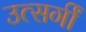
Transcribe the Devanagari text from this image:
उत्सर्गीं